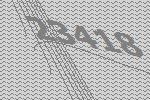
23418